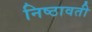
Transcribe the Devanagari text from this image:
निष्ठावती